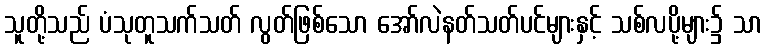
သူတို့သည် ပံသုတူသက်သတ် လွတ်ဖြစ်သော အော်လဲနတ်သတ်ပင်များနှင့် သစ်လပို့များ၌ သာ